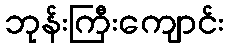
ဘုန်းကြီးကျောင်း